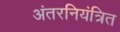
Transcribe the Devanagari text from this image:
अंतरनियंत्रित